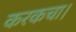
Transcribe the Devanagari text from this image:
करकचा।